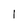
Character: I